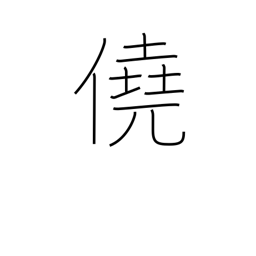
Meaning: luck